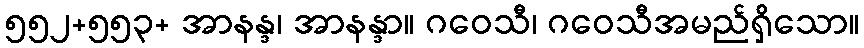
၅၅၂+၅၅၃+ အာနန္ဒ၊ အာနန္ဒာ။ ဂဝေသီ၊ ဂဝေသီအမည်ရှိသော။